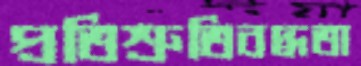
প্রতিশ্রুতিবদ্ধতা